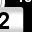
Digit: 2